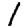
Digit: 1